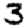
Digit: 3